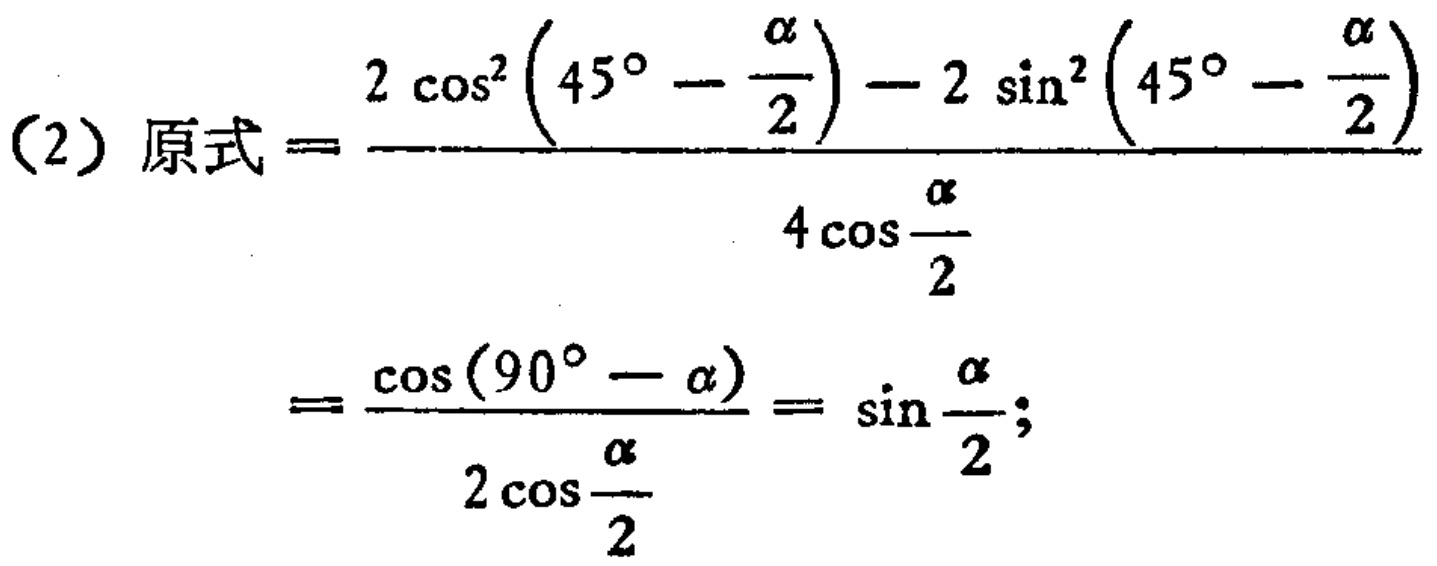
\[
\begin{align*}
(2)\ 原式&=\frac{2\cos^{2}(45^{\circ}-\frac{\alpha}{2}) - 2\sin^{2}(45^{\circ}-\frac{\alpha}{2})}{4\cos\frac{\alpha}{2}}\\
&=\frac{\cos(90^{\circ}-\alpha)}{2\cos\frac{\alpha}{2}}=\sin\frac{\alpha}{2};
\end{align*}
\]